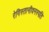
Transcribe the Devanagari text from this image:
रेगिस्तानीवनस्‍पति